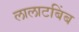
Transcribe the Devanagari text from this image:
लालाटबिंब